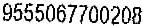
9555067700208